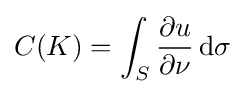
C(K)=\int _{S}{\frac {\partial u}{\partial \nu }}\,\mathrm {d} \sigma